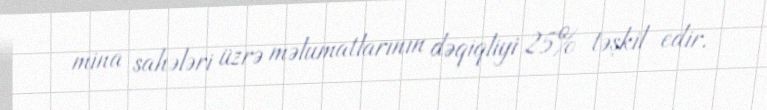
mina sahələri üzrə məlumatlarının dəqiqliyi 25% təşkil edir.